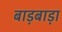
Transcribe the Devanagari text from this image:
बाड़बाड़ा